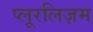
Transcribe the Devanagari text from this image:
प्लूरलिज़म